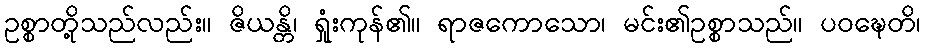
ဥစ္စာတို့သည်လည်း။ ဇိယန္တိ၊ ရှုံးကုန်၏။ ရာဇကောသော၊ မင်း၏ဥစ္စာသည်။ ပဝဍ္ဎေတိ၊